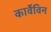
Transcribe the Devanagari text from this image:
कार्वेविन